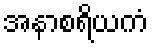
အနာစရိယကံ